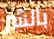
بالشر